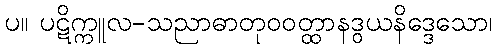
ပ။ ပဋိက္ကူလ-သညာဓာတုဝဝတ္ထာနဒွယနိဒ္ဒေသော၊